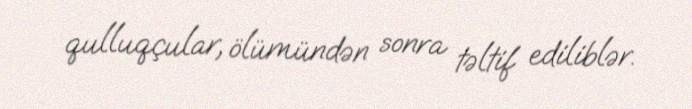
qulluqçular, ölümündən sonra təltif ediliblər.